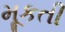
મૂકતી